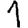
Digit: 1